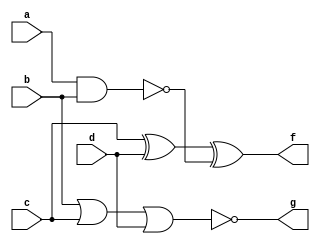
module Q2i(a,b,c,d,g,f);
	input a,b,c,d;
	output g,f;
	nand(h,a,b);
	nor(g,b,c,d);
	xor(f,c,d,h);
endmodule